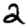
Digit: 2